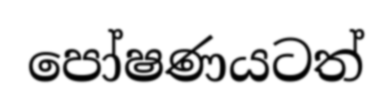
පෝෂණයටත්